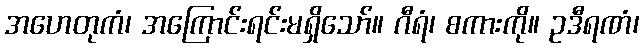
အဟေတုကံ၊ အကြောင်းရင်းမရှိသော်။ ဂီရံ၊ စကားကို။ ဥဒီရဏံ၊